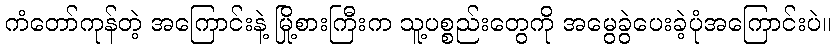
ကံတော်ကုန်တဲ့ အကြောင်းနဲ့ မြို့စားကြီးက သူ့ပစ္စည်းတွေကို အမွေခွဲပေးခဲ့ပုံအကြောင်းပဲ။